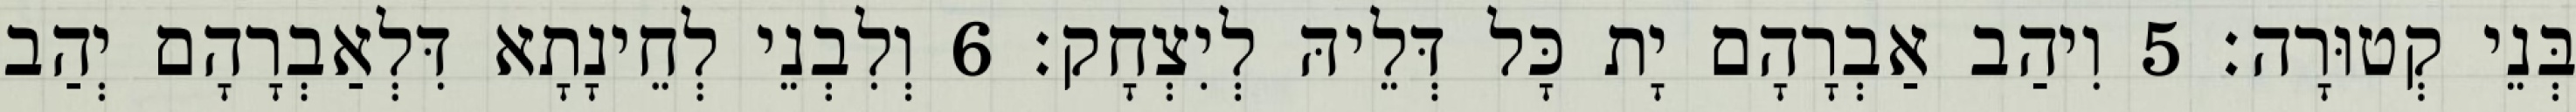
בְּנֵי קְטוּרָה׃ 5 וִיהַב אַבְרָהָם יָת כָּל דְּלֵיהּ לְיִצְחָק׃ 6 וְלִבְנֵי לְחֵינָתָא דִּלְאַבְרָהָם יְהַב